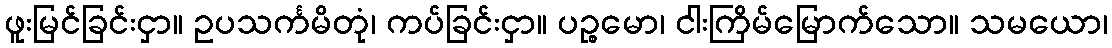
ဖူးမြင်ခြင်းငှာ။ ဥပသင်္ကမိတုံ၊ ကပ်ခြင်းငှာ။ ပဉ္စမော၊ ငါးကြိမ်မြောက်သော။ သမယော၊